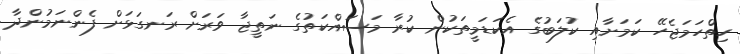
ހިތްހަމަޖެހޭ ކަމަށާއި ކުލަބުގެ އެކަޑަމީތަކުން ކުރާ މަސައްކަތުގެ ނަތީޖާ ވަރަށް ރަނގަޅަށް ފެންނަމުންދާ